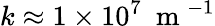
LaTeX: k\approx 1\times 10^{7}~\mathrm{~m~}^{-1}